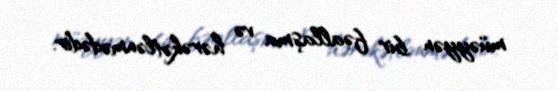
müəyyən bir fəallaşma və hərəkətlənmədədir.